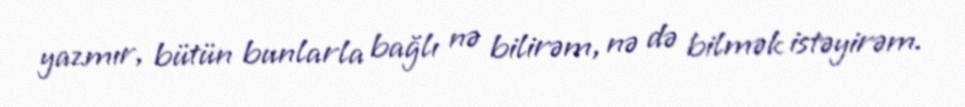
yazmır, bütün bunlarla bağlı nə bilirəm, nə də bilmək istəyirəm.